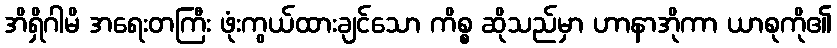
အိရှိဂါမိ အရေးတကြီး ဖုံးကွယ်ထားချင်သော ကိစ္စ ဆိုသည်မှာ ဟာနာအိုကာ ယာစုကို၏